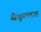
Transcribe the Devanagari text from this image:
सैफ़ुल्लाह